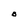
Character: O